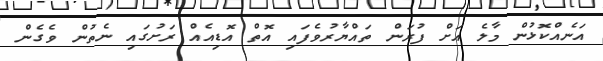
އަނެއްކޮޅުން މާލެ އަށް ފުރަން ތައްޔާރުވެފަައި އޮތް އޮޑިއެއް ރަށުގައި ނެތުން ވެގެން